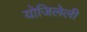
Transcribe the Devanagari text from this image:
योजिलेली